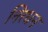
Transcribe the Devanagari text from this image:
निरधन